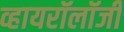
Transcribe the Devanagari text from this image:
व्हायरॉलॉजी